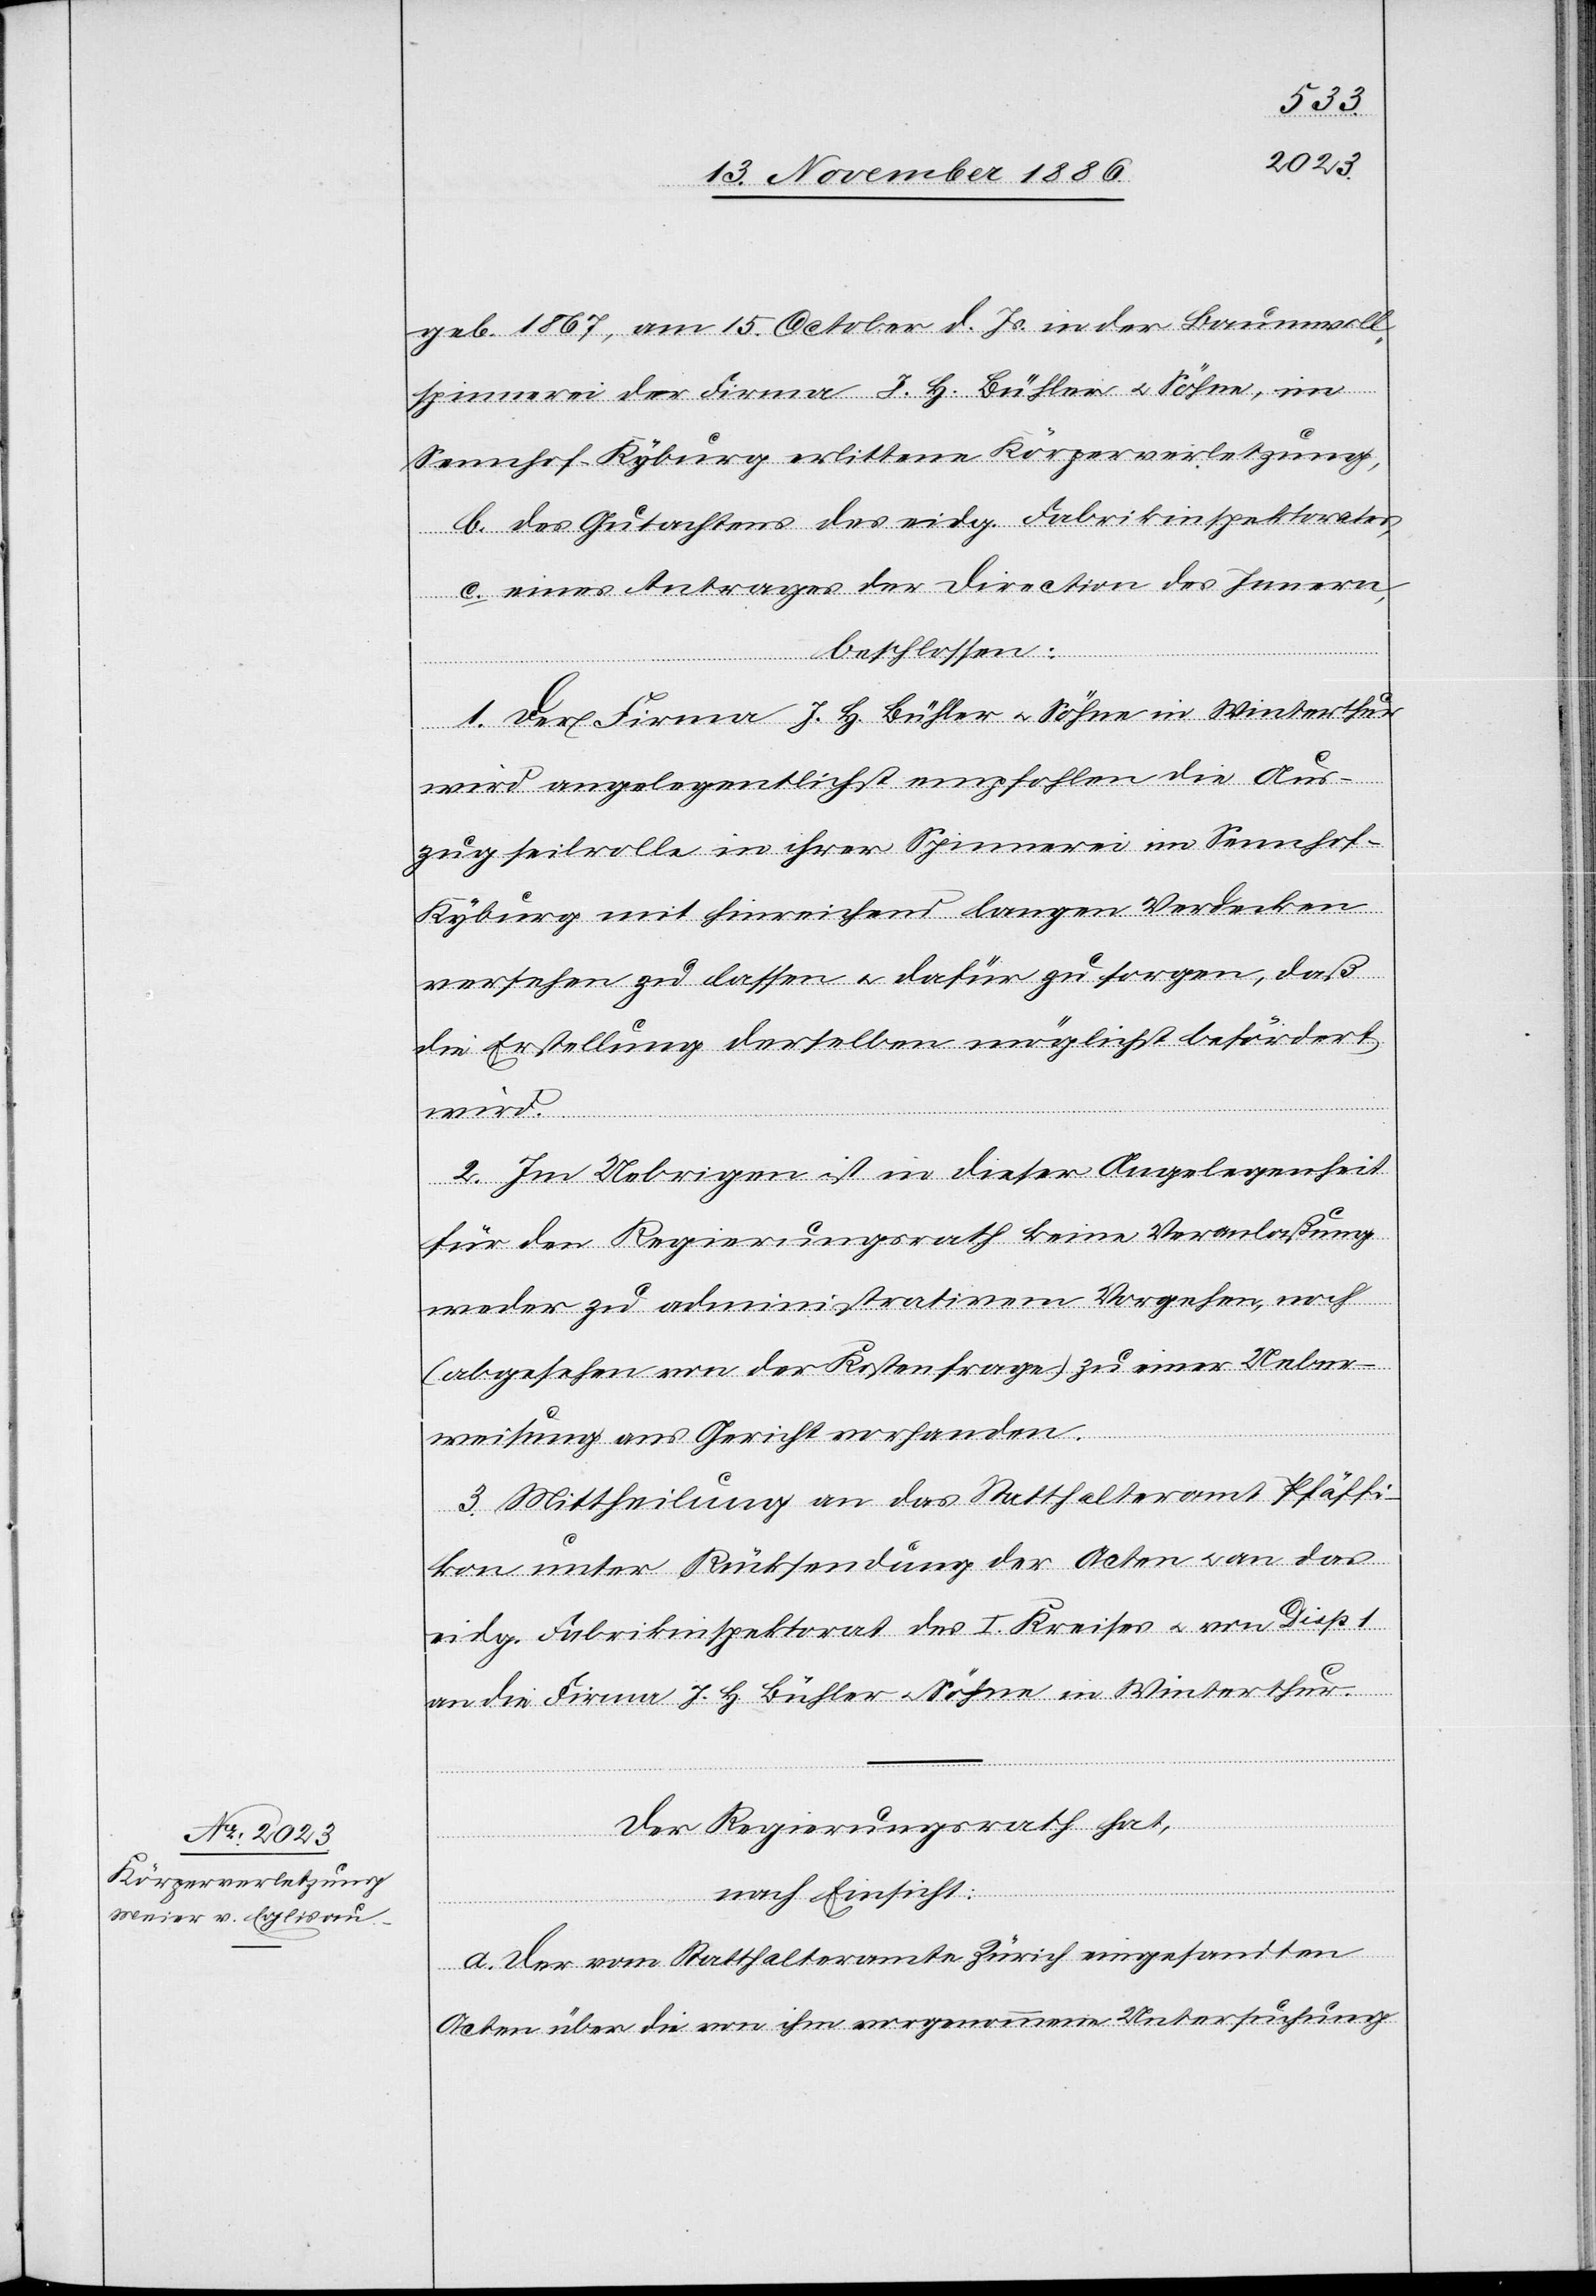
geb. 1867, am 15. October d. Js. in der Baumwoll¬
spinnerei der Firma J. H. Bühler & Söhne, im
Sennhof - Kyburg erlittene Körperverletzung,
b. des Gutachtens des eidg. Fabrikinspektorates,
c. eines Antrages der Direction des Innern,
beschlossen:
1. Der Firma J. H. Bühler & Söhne in Winterthur
wird angelegentlichst empfohlen die Aus¬
zugseilrolle in ihrer Spinnerei im Sennhof
Kyburg mit hinreichend langen Verdecken
versehen zu lassen & dafür zu sorgen, daß
die Erstellung derselben möglichst befördert
wird.
2. Im Uebrigen ist in dieser Angelegenheit
für den Regierungsrath keine Veranlaßung
weder zu administrativem Vorgehen, noch
(abgesehen von der Kostenfrage) zu einer Ueber¬
weisung ans Gericht vorhanden.
3. Mittheilung an das Statthalteramt Pfäffi¬
kon unter Rücksendung der Acten & an das
eidg. Fabrikinspektorat des I. Kreises & von Disp.
an die Firma J. H. Bühler & Söhne in Winterthur.
Der Regierungsrath hat,
nach Einsicht:
a. der vom Statthalteramt Zürich eingesandten
Acten über die von ihm vorgenommene Untersuchung